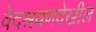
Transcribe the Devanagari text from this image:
वेदश्रवणदेखील